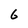
Character: 6